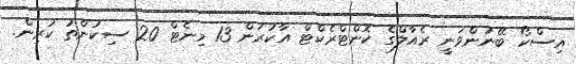
އިސްކޯ ބޭނުންވަނީ ރެއާލްގެ ކޮންޓްރެކްޓް އާކުރަން 13 މިނެޓް 20 ސިކުންތު ކުރިން.